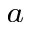
^ { a }